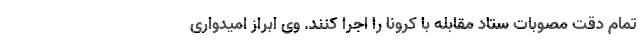
تمام دقت مصوبات ستاد مقابله با کرونا را اجرا کنند. وی ابراز امیدواری